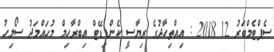
ސެޕްޓެމްބަރު 12 2018 : އިއްތިހާދުގެ ރިޔާސީ ކެންޑިޑޭޓް އިބްރާހިމް މުހައްމަދު ސޯލިހު